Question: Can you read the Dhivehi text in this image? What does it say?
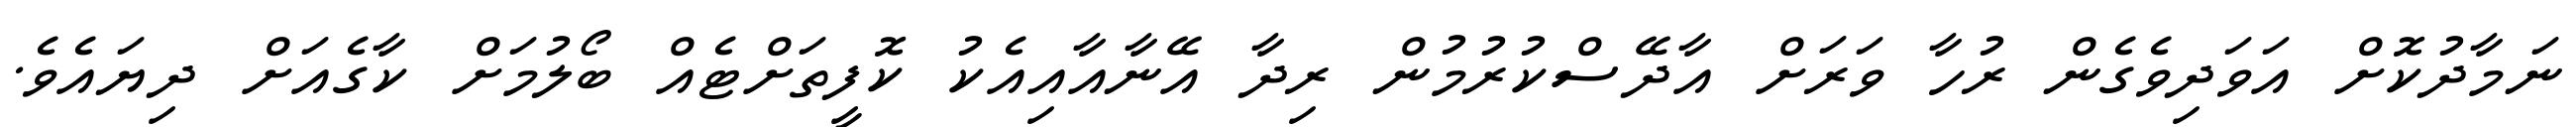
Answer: ނަމާދުކޮށް އަވަދިވެގެން ރުހާ ވަރަށް އާދޭސްކުރުމުން ރިދާ އޭނާއާއިއެކު ކޮފީތަށްޓެއް ބޯލުމަށް ކާގެއަށް ދިޔައެވެ.